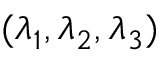
( \lambda _ { 1 } , \lambda _ { 2 } , \lambda _ { 3 } )